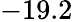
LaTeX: -19.2